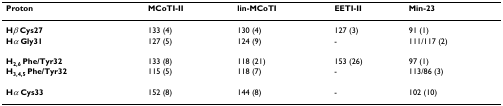
| Proton | MCoTI-II | lin-MCoTI | EETI-II | Min-23 |
 | --- | --- | --- | --- | --- |
 | Hβ Cys27 | 133 (4) | 130 (4) | 127 (3) | 91 (1) |
 | Hα Gly31 | 127 (5) | 124 (9) | - | 111/117 (2) |
 | H2,6 Phe/Tyr32 | 133 (8) | 118 (21) | 153 (26) | 97 (1) |
 | H3,4,5 Phe/Tyr32 | 115 (5) | 118 (7) | - | 113/86 (3) |
 | Hα Cys33 | 152 (8) | 144 (8) | - | 102 (10) |